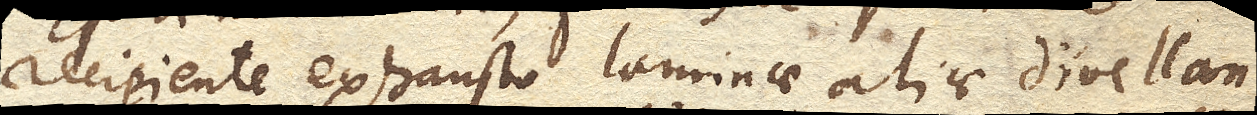
recipiente exhausto laminae aliae divellan-